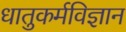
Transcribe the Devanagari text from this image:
धातुकर्मविज्ञान